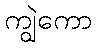
ကျွဲကော